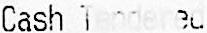
CASH TENDENED